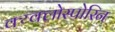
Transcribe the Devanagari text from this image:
क्य्क्लोस्पोरिन